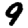
Digit: 9